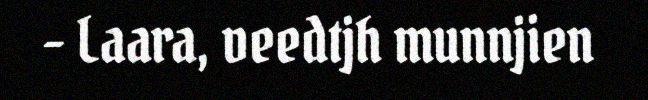
- Laara, veedtjh munnjien